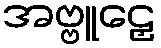
အဗ္ဗူဠှေ